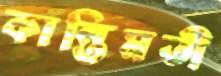
কান্তিমতী